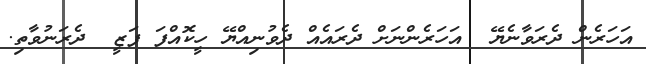
އަހަރެން ދެރަވާނެޔޭ  އަހަރެންނަށް ދެރައެއް ދެވުނިއްޔޭ ހީކޮއްފަ ފަޒީ  ދެރަނުވާތި.